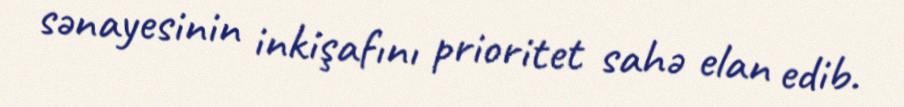
sənayesinin inkişafını prioritet sahə elan edib.